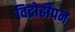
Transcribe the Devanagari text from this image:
विद्रोहीपन